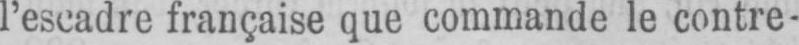
l’escadre française que commande le contre-